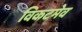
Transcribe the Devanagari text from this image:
विकटमेव